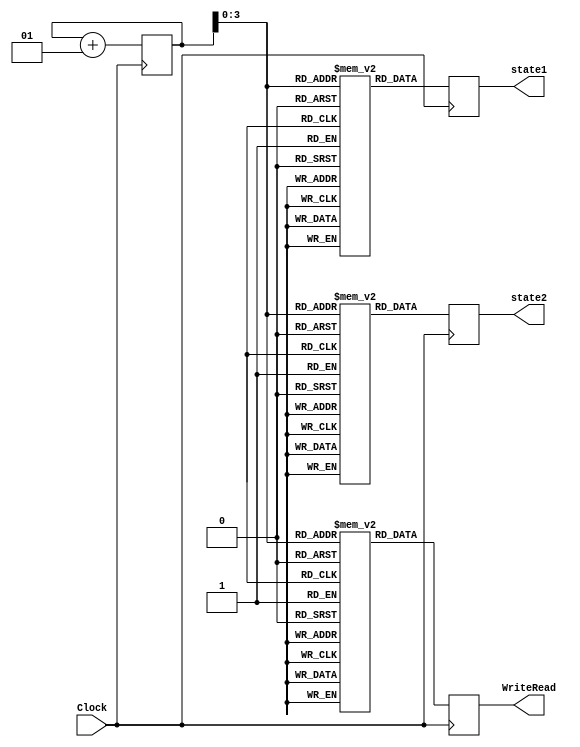
module TestBench(Clock, WriteRead, state1, state2);

	input Clock;
	
	reg [2:0] regState1[14:0], regState2[14:0];
	reg [1:0] regWriteRead[14:0]; //os que vo mudar
	//reg [2:0] busAjuda;
	
	integer cont;
	
	output reg [2:0] state1;
	output reg [2:0] state2;	// Estados 1 e 2.
	output reg [1:0] WriteRead; // saida com read ou write
	//001 - busrd
	//010 - busrdx
	//011 - busupgrd
	
	
	// Estados
	// I = 001, S = 010, M = 011, E = 100
	//WRITE READ
	// 00 read
	// 01 write
	initial begin // FAZER O CASO TESTE AINDA, ALTERAR A TAG
		cont = 0;
		// INVALID READ - FIRST CASE - Muda O invalido para shared. Emite o sinal BusRd. CONFERIDO - CERTO
		regWriteRead[0] = 2'b00; 	// Read
		regState1[0] = 3'b001;		// I
		regState2[0] = 3'b010;		// S
		
		// INVALID READ - SECOND CASE - Muda o invalido do estado1 para exclusive. Emite o sinal BusRd. CONFERIDO - CERTO
		regWriteRead[1] = 2'b00; 	// Read
		regState1[1] = 3'b001;		//I
		regState2[1] = 3'b001;		//I
		
		// INVALID WRITE - FIRST CASE - Muda o invalidado para modified e o Shared  mudado para invalido. Emite o sinal BusRdX. CONFERIDO - CERTO
		regWriteRead[2] = 2'b01; 	// Write
		regState1[2] = 3'b001;		//I
		regState2[2] = 3'b010;		//S
		
		// INVALID WRITE - SECOND CASE - Muda apenas o invalido do estado1 para modified. Emite o sinal BusRdX. CONFERIDO - CERTO
		regWriteRead[3] = 2'b01; 	// Write
		regState1[3] = 3'b001;		//I
		regState2[3] = 3'b001;		//I
		
		// EXCLUSIVE READ - Os estados continuam os mesmos. - CONFERIDO - CERTO
		regWriteRead[4] = 2'b00; 	// Read
		regState1[4] = 3'b100;		//E
		regState2[4] = 3'b001;		//I
		
		// EXCLUSIVE WRITE - Muda o exclusive para Modified. - CONFERIDO - CERTO
		regWriteRead[5] = 2'b01; 	// Write
		regState1[5] = 3'b100;		//E
		regState2[5] = 3'b010;		//S
		
		// SHARED READ - Os estados continuam os mesmos. - CONFERIDO - CERTO
		regWriteRead[6] = 2'b00; 	// Read
		regState1[6] = 3'b010;		//S
		regState2[6] = 3'b001;		//I
		
		// SHARED WRITE - Muda o shared do estado1 para modified. Emite o sinal BusUpgr. - CONFERIDO - CERTO
		regWriteRead[7] = 2'b01; 	// Write
		regState1[7] = 3'b010;		//S
		regState2[7] = 3'b001;		//I
		
		// MODIFIED READ - Os estados continuam os mesmos. - CONFERIDO - CERTO
		regWriteRead[8] = 2'b00; 	// Read
		regState1[8] = 3'b011;		//M
		regState2[8] = 3'b001;		//I
		
		// SHARED WRITE - Os estados continuam os mesmos. - CONFERIDO - CERTO
		regWriteRead[9] = 2'b01; 	// Write
		regState1[9] = 3'b011;		//M
		regState2[9] = 3'b001;		//I
		
		// INVALID WRITE - BusRdX - O invalido se tornar Modified e o shared ser invalidado. - CONFERIDO - CERTO
		regWriteRead[10] = 2'b01; 	// Write
		regState1[10] = 3'b001;		//I
		regState2[10] = 3'b010;		//S
		
		// EXCLUSIVE READ - BusRd - O invalido se tornar Shared e o exclusive se tornar shared. - CERTO - MAS CONFERIR COM O VITOR ESSE CASO.
		regWriteRead[11] = 2'b00; 	// Read
		regState1[11] = 3'b001;		//I
		regState2[11] = 3'b100;		//E
		
		// EXCLUSIVE WRITE - BusRdX - A lgica  testada do sinal BusRdX no teste: INVALID WRITE - BusRdX.
		
		// SHARED -BusRd -  no tem mudana de estado.
		
		// SHARED WRITE - BusUpgr - O shared do estado 1 se tornar Modified e o shared do estado2 ser invalidado. - CONFERIDO - CERTO
		regWriteRead[12] = 2'b01; 	// Write
		regState1[12] = 3'b010;		//S
		regState2[12] = 3'b010;		//S
		
		// MODIFIED READ - BusRd - O invadido se tornar Shared e o modified se tornar shared. Acontece WriteBack. - CERTO - MAS CONFERIR COM O VITOR ESSE CASO.
		regWriteRead[13] = 2'b00; 	// Read
		regState1[13] = 3'b001;		//I
		regState2[13] = 3'b011;		//M

		// MODIFIED WRITE - BusRdX - O invalido se tornar Modified e o modificado ser invalidado. Acontece WriteBack - CONFERIDO - CERTO
		regWriteRead[14] = 2'b01; 	// Write
		regState1[14] = 3'b001;		//I
		regState2[14] = 3'b011;		//M
		
		
		
		
		
		
		
		
	end
	
	always@(posedge Clock) begin

			WriteRead = regWriteRead[cont];
			state1 = regState1[cont];
			state2 = regState2[cont];
			cont = cont + 1;
			
	end
	


endmodule